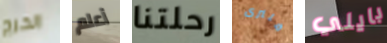
الحرج أعلم رحلتنا فلنرى بايلي